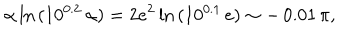
\alpha \ln { ( 1 0 ^ { 0 . 2 } \, \alpha ) } = 2 e ^ { 2 } \ln { ( 1 0 ^ { 0 . 1 } \, e ) } \sim - \, 0 . 0 1 \, \pi ,